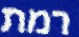
רמת